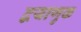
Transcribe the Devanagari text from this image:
द्वयाणुक